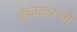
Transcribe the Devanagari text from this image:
कुळकरणी